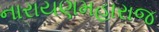
નારાયણમહારાજ